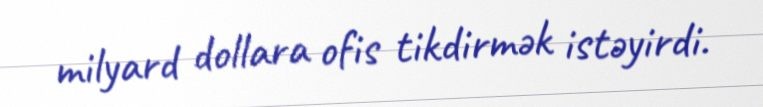
milyard dollara ofis tikdirmək istəyirdi.